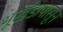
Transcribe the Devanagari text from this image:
भूखंडापासून